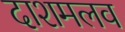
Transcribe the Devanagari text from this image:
दाशमलव